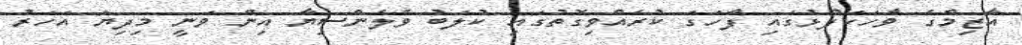
އާޒިމްގެ ވާހަކަފުޅުގައި ފާހަގަ ކުރެއްވިގޮތުގައި ކުލަބު ވެލެންސިޔާ އިން ވަނީ މިދިޔަ އަހަރު